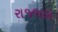
રાજમલ